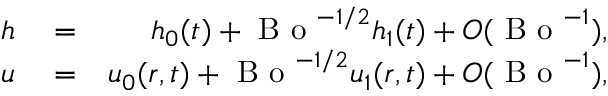
\begin{array} { r l r } { h } & { { } = } & { h _ { 0 } ( t ) + \mathrm { ~ B ~ o ~ } ^ { - 1 / 2 } h _ { 1 } ( t ) + O ( \mathrm { ~ B ~ o ~ } ^ { - 1 } ) , } \\ { u } & { { } = } & { u _ { 0 } ( r , t ) + \mathrm { ~ B ~ o ~ } ^ { - 1 / 2 } u _ { 1 } ( r , t ) + O ( \mathrm { ~ B ~ o ~ } ^ { - 1 } ) , } \end{array}